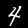
Label: 4